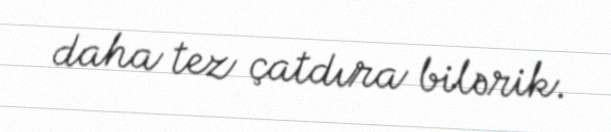
daha tez çatdıra bilərik.